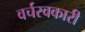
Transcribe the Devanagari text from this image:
वर्चस्वकारी